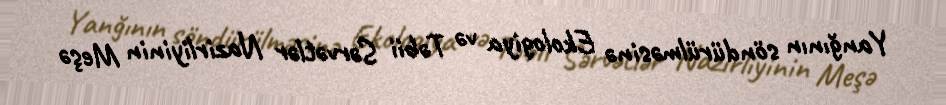
Yanğının söndürülməsinə Ekologiya və Təbii Sərvətlər Nazirliyinin Meşə